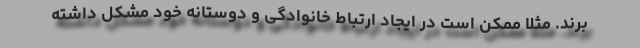
‌برند. مثلا ممکن است در ایجاد ارتباط خانوادگی و دوستانه خود مشکل داشته